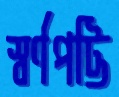
স্বর্ণপট্টি